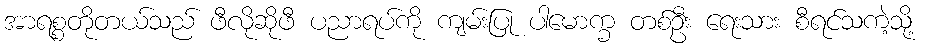
အာရစ္စတိုတယ်သည် ဖီလိုဆိုဖီ ပညာရပ်ကို ကျမ်းပြု ပါမောက္ခ တစ်ဦး ရေးသား စီရင်သကဲ့သို့